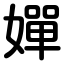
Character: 嬋